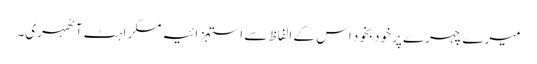
میرے چہرے پر خودبخود اس کے الفاظ سے استہزائیہ مسکراہٹ آٹھہری۔